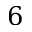
6